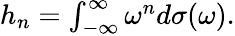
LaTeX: \begin{array}{r}{h_{n}=\int_{-\infty}^{\infty}\omega^{n}d\sigma(\omega).}\end{array}